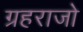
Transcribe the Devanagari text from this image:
ग्रहराजो